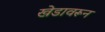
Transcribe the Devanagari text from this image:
खेडावरून